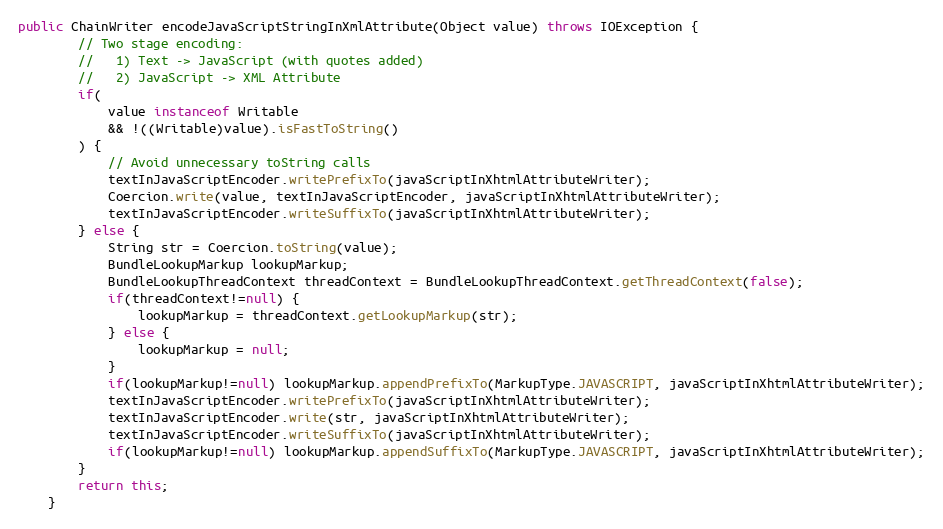
Language: Java
public ChainWriter encodeJavaScriptStringInXmlAttribute(Object value) throws IOException {
		// Two stage encoding:
		//   1) Text -> JavaScript (with quotes added)
		//   2) JavaScript -> XML Attribute
		if(
			value instanceof Writable
			&& !((Writable)value).isFastToString()
		) {
			// Avoid unnecessary toString calls
			textInJavaScriptEncoder.writePrefixTo(javaScriptInXhtmlAttributeWriter);
			Coercion.write(value, textInJavaScriptEncoder, javaScriptInXhtmlAttributeWriter);
			textInJavaScriptEncoder.writeSuffixTo(javaScriptInXhtmlAttributeWriter);
		} else {
			String str = Coercion.toString(value);
			BundleLookupMarkup lookupMarkup;
			BundleLookupThreadContext threadContext = BundleLookupThreadContext.getThreadContext(false);
			if(threadContext!=null) {
				lookupMarkup = threadContext.getLookupMarkup(str);
			} else {
				lookupMarkup = null;
			}
			if(lookupMarkup!=null) lookupMarkup.appendPrefixTo(MarkupType.JAVASCRIPT, javaScriptInXhtmlAttributeWriter);
			textInJavaScriptEncoder.writePrefixTo(javaScriptInXhtmlAttributeWriter);
			textInJavaScriptEncoder.write(str, javaScriptInXhtmlAttributeWriter);
			textInJavaScriptEncoder.writeSuffixTo(javaScriptInXhtmlAttributeWriter);
			if(lookupMarkup!=null) lookupMarkup.appendSuffixTo(MarkupType.JAVASCRIPT, javaScriptInXhtmlAttributeWriter);
		}
		return this;
	}